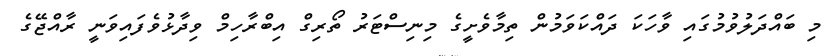
މި ބައްދަލުވުމުގައި ވާހަކަ ދައްކަވަމުން ތިމާވެށީގެ މިނިސްޓަރު ތޯރިގް އިބްރާހިމް ވިދާޅުވެފައިވަނީ ރާއްޖޭގެ